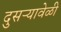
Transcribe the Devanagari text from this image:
दुसऱ्यावेळी